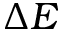
\Delta E